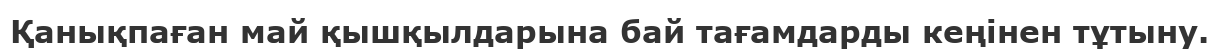
Қанықпаған май қышқылдарына бай тағамдарды кеңінен тұтыну.